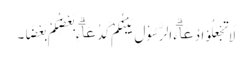
لَا تَجْعَلُوْا دُعَاۗءَ الرَّسُوْلِ بَیْنَکُمْ کَدُعَاۗءِ بَعْضِکُمْ بَعْضًا۔